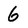
Character: 6